Code of medical and sanitary regulations for the guidance of medical officers serving in the Madras Presidency - Volume I
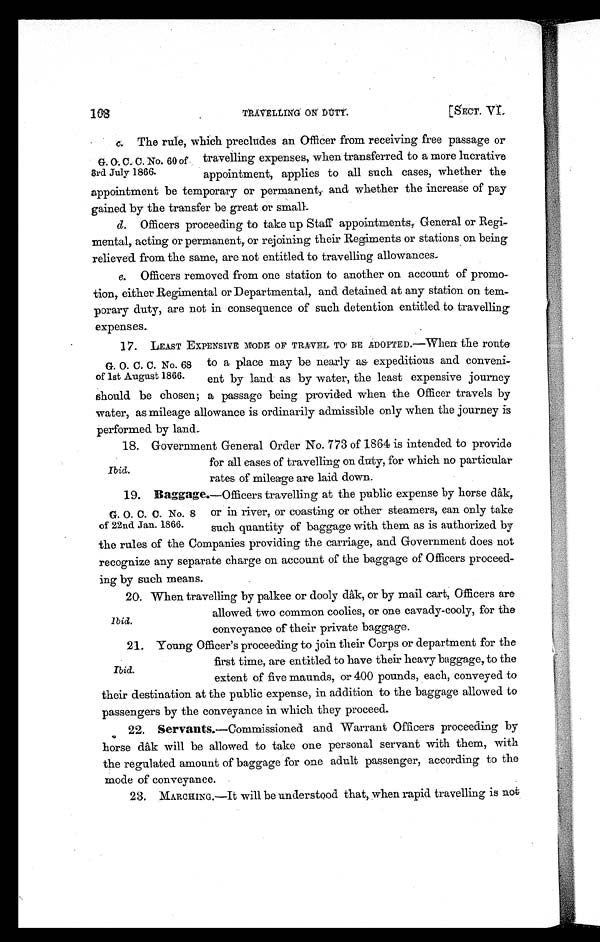
c. The rule, which precludes an Officer from receiving free passage or
G. O. C. C. No. 60 of travelling expenses, when transferred to a more lucrative
3rd July 1866. appointment, applies to all such cases, whether the
appointment be temporary or permanent, and whether the increase of pay
gained by the transfer be great or small.
d. Officers proceeding to take up Staff appointments,. General or Regi
-mental, acting or permanent, or rejoining their Regiments or stations on being
relieved from the same, are not entitled to travelling allowances,
e. Officers removed from one station to another on account of promo
-tion, either Regimental or Departmental, and detained at any station on tem
-porary duty, are not in consequence of such detention entitled to travelling
expenses.
17. LEAST EXPENSIVE MODE OF TRAVEL TO BE ADOPTED.—When the route
G. O. C. C. No. 68 to a place may be nearly as expeditious and conveni
-of 1st August 1866. ent by land as by water, the least expensive journey
should be chosen; a passage being provided when the Officer travels by
water, as mileage allowance is ordinarily admissible only when the journey is
performed by land.,
18. Government General Order No. 773 of 1864 is intended to provide
for all cases of travelling on duty, for which no particular
Ibid. rates of mileage are laid down.
19.
Baggage.—Officers travelling at the public expense by horse dk,
G. O. C. C. No. 8 or in river, or coasting or other steamers, can only take
of 22nd Jan. 1866. such quantity of baggage with them as is authorized by
the rules of the Companies providing the carriage, and Government does not
recognize any separate charge on account of the baggage of Officers proceed
-ing by such means.
20. When travelling by palkee or dooly dâk, or by mail cart, Officers are
allowed two common coolies, or one cavady-cooly, for the
Ibid. conveyance of their private baggage.
21. Young Officer's proceeding to join their Corps or department for the
first time, are entitled to have their heavy baggage, to the
Ibid. extent of five maunds, or 400 pounds, each, conveyed to
their destination at the public expense, in addition to the baggage allowed to
passengers by the conveyance in which they proceed.
22.
Servants.—Commissioned and Warrant Officers proceeding by
horse dâk will be allowed to take one personal servant with them, with
the regulated amount of baggage for one adult passenger, according to the
mode of conveyance.
23. MARCHING.—It will be understood that, when rapid travelling is not